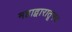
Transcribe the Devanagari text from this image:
महाद्वारातूनच